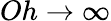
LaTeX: Oh\rightarrow\infty